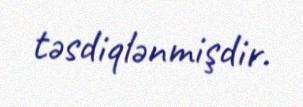
təsdiqlənmişdir.